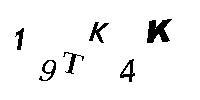
19TK4K